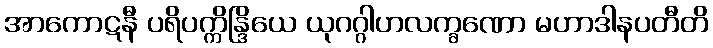
အာကောဋနီ ပရိပက္ကိန္ဒြိယေ ယုဂဂ္ဂါဟလက္ခဏော မဟာဒါနပတီတိ